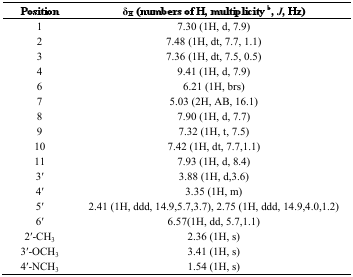
<table><thead><tr><td><b>Position</b></td><td><b>δ<sub>H</sub> (numbers of H, multiplicity <sup>b</sup>, <i>J</i>, Hz)</b></td></tr></thead><tbody><tr><td>1</td><td>7.30 (1H, d, 7.9)</td></tr><tr><td>2</td><td>7.48 (1H, dt, 7.7, 1.1)</td></tr><tr><td>3</td><td>7.36 (1H, dt, 7.5, 0.5)</td></tr><tr><td>4</td><td>9.41 (1H, d, 7.9)</td></tr><tr><td>6</td><td>6.21 (1H, brs)</td></tr><tr><td>7</td><td>5.03 (2H, AB, 16.1)</td></tr><tr><td>8</td><td>7.90 (1H, d, 7.7)</td></tr><tr><td>9</td><td>7.32 (1H, t, 7.5)</td></tr><tr><td>10</td><td>7.42 (1H, dt, 7.7,1.1)</td></tr><tr><td>11</td><td>7.93 (1H, d, 8.4)</td></tr><tr><td>3′</td><td>3.88 (1H, d,3.6)</td></tr><tr><td>4′</td><td>3.35 (1H, m)</td></tr><tr><td>5′</td><td>2.41 (1H, ddd, 14.9,5.7,3.7), 2.75 (1H, ddd, 14.9,4.0,1.2)</td></tr><tr><td>6′</td><td>6.57(1H, dd, 5.7,1.1)</td></tr><tr><td>2′-CH<sub>3</sub></td><td>2.36 (1H, s)</td></tr><tr><td>3′-OCH<sub>3</sub></td><td>3.41 (1H, s)</td></tr><tr><td>4′-NCH<sub>3</sub></td><td>1.54 (1H, s)</td></tr></tbody></table>